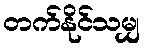
တက်နိုင်သမျှ